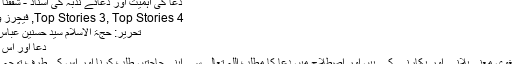
دعا کی اہمیت اور دعائے ندبہ کی اسناد - شفقنا اردو نیوز
Top Stories 3, Top Stories 4, فیچرز و تجزیئے
تحریر: حجۃ الاسلام سید حسنین عباس گردیزی
دُعا اور اس کی اہمیت
دعا کے لغوی معنی بلانے اور پکارنے کے ہیں اور اصطلاح میں دعا کا مطلب اللہ تعالیٰ سے اپنی حاجتیں طلب کرنا اور اس کی طرف توجہ کرنا ہے ۔